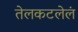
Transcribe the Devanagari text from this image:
तेलकटलेलं